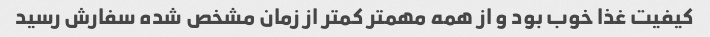
کیفیت غذا خوب بود و از همه مهمتر کمتر از زمان مشخص شده سفارش رسید